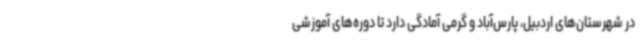
در شهرستان‌های اردبیل، پارس‌آباد و گرمی آمادگی دارد تا دوره‌های آموزشی